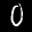
Digit: 0